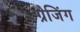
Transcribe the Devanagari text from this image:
ग्रेजिंग